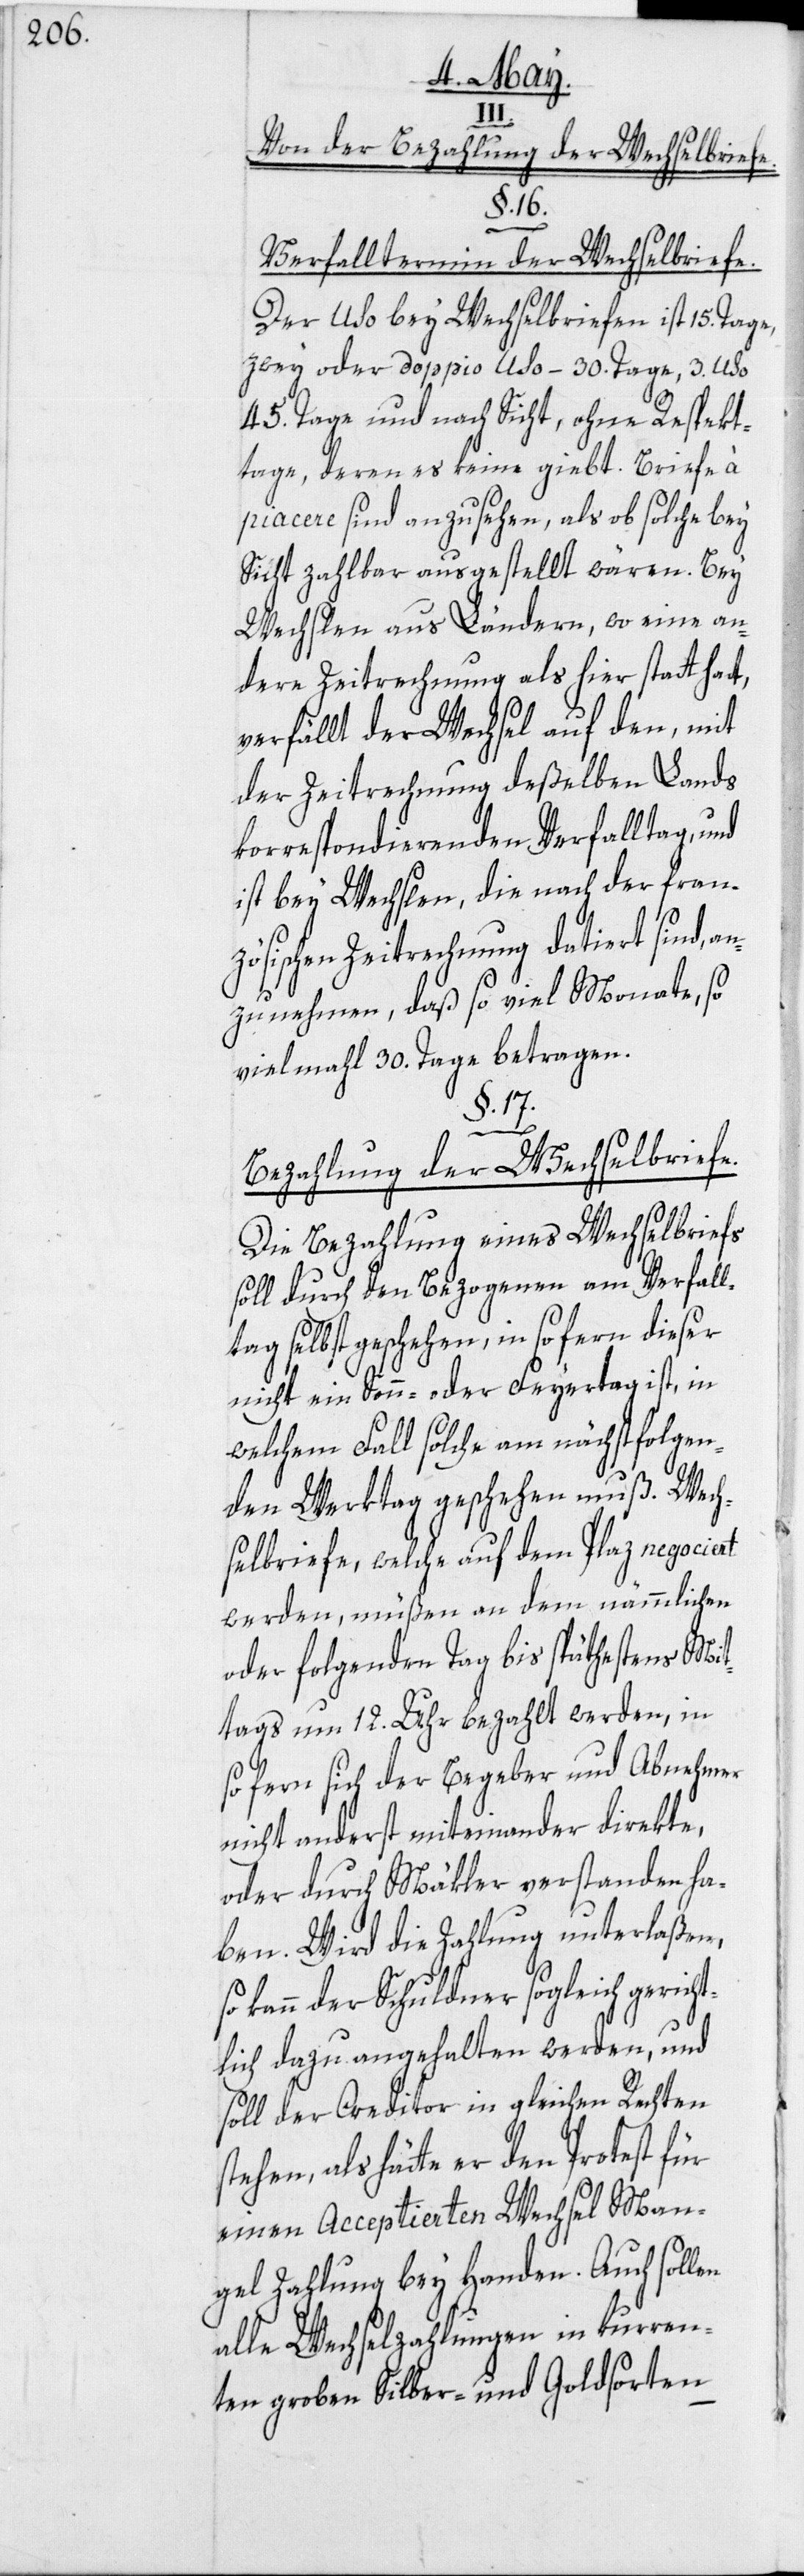
III.
Von der Bezahlung der Wechselbriefe.
§. 16.
Verfalltermin der Wechselbriefe.
Der Uso bey Wechselbriefen ist 15. Tage,
zwey oder doppio Uso – 30. Tage, 3. Uso
45. Tage und nach Sicht, ohne Respekt¬
tage, deren es keine giebt. Briefe
piacere sind anzusehen, als ob solche bey
Sicht zahlbar ausgestellt wären. Bey
Wechslen aus Ländern, wo eine an¬
dere Zeitrechnung als hier statt hat,
verfällt der Wechsel auf den, mit
der Zeitrechnung deßelben Lands
korrespondierenden Verfalltag, und
ist bey Wechslen, die nach der fran¬
zösischen Zeitrechnung datiert sind, an¬
zunehmen, daß so viel Monate, so
vielmahl 30. Tage betragen.
§. 17.
Bezahlung der Wechselbriefe.
Die Bezahlung eines Wechselbriefs
soll durch den Bezogenen am Verfall¬
tag selbst geschehen, in so fern dieser
nicht ein Sonn- oder Feyertag ist, in
welchem Fall solche am nächstfolgen¬
den Werktag geschehen muß. Wech¬
selbriefe, welche auf dem Plaz negociert
werden, müßen an dem nämmlichen
oder folgenden Tag bis späthestens Mit¬
tags um 12. Uhr bezahlt werden, in
so fern sich der Begeber und Abnehmer
nicht anderst miteinander direkte,
oder durch Mäkler verstanden ha¬
ben. Wird die Zahlung unterlaßen,
kann der Schuldner sogleich gerich¬
tlich dazu angehalten werden, und
soll der Creditor in gleichen Rechten
stehen, als hätte er den Protest
einen Acceptierten Wechsel Man¬
gel Zahlung bey Handen. Auch sollen
alle Wechselzahlungen in kurren¬
ten groben Silber- und Goldsorten